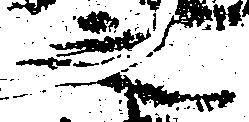
之